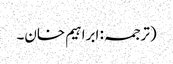
(ترجمہ: ابراہیم خان۔